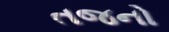
તજનો